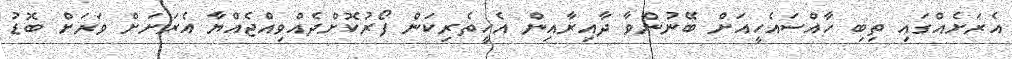
އެރަށެއްގައި ތިބި ހާއްސައެހީއަށް ބޭނުންވާ ދާއިރާއިން އެހީތެރިކަން ފޯރުކޮށްދެއްވިއްޖެއްޔާ އެރަށަށް ވަރަށް ބޮޑު